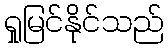
ရှုမြင်နိုင်သည်